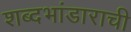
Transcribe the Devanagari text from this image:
शब्दभांडाराची